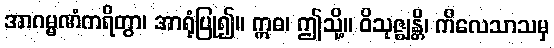
အာဂမ္မဏံကရိတွာ၊ အာရုံပြု၍။ ဣဓ၊ ဤသို့။ ဝိသုဇ္ဈန္တိ၊ ကိလေသာသမှ